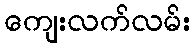
ကျေးလက်လမ်း